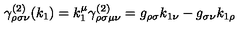
\gamma _ { \rho \sigma \nu } ^ { ( 2 ) } ( k _ { 1 } ) = k _ { 1 } ^ { \mu } \gamma _ { \rho \sigma \mu \nu } ^ { ( 2 ) } = g _ { \rho \sigma } k _ { 1 \nu } - g _ { \sigma \nu } k _ { 1 \rho }